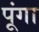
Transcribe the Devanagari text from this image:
पूंगा